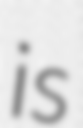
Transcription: is